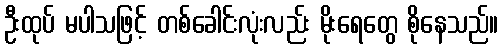
ဦးထုပ် မပါသဖြင့် တစ်ခေါင်းလုံးလည်း မိုးရေတွေ စိုနေသည်။